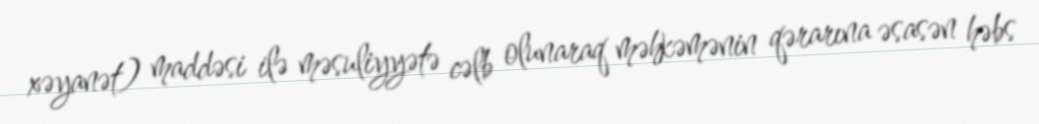
xəyanət) maddəsi ilə məsuliyyətə cəlb olunaraq məhkəmənin qərarına əsasən həbs